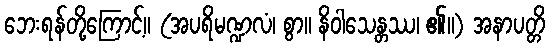
ဘေးရန်တို့ကြောင့်။ (အပရိမဏ္ဍလံ၊ စွာ။ နိဝါသေန္တဿ၊ ၏။) အနာပတ္တိ